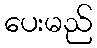
ပေးမည်